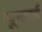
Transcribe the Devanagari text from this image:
पूनाई